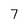
Character: 7